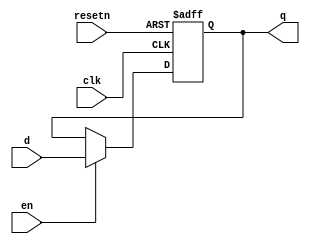
/****************************************************************************
          Generic Register
****************************************************************************/
module hi_reg(d,clk,resetn,en,q);
parameter WIDTH=32;

input clk;
input resetn;
input en;
input [WIDTH-1:0] d;
output [WIDTH-1:0] q;
reg [WIDTH-1:0] q;

always @(posedge clk or negedge resetn)		//asynchronous reset
begin
	if (resetn==0)
		q<=0;
	else if (en==1)
		q<=d;
end

endmodule